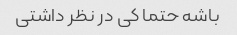
باشه حتما کی در نظر داشتی